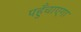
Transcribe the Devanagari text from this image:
पहुँचाएगा